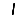
Digit: 1